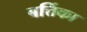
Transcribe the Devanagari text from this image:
बर्त्तिका